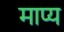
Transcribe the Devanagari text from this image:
माप्य